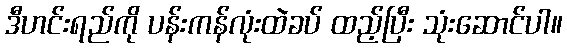
ဒီဟင်းရည်ကို ပန်းကန်လုံးထဲခပ် ထည့်ပြီး သုံးဆောင်ပါ။